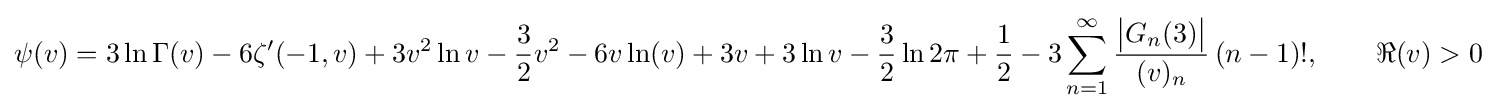
\psi (v)=3\ln \Gamma (v)-6\zeta '(-1,v)+3v^{2}\ln {v}-{\frac {3}{2}}v^{2}-6v\ln(v)+3v+3\ln {v}-{\frac {3}{2}}\ln 2\pi +{\frac {1}{2}}-3\sum _{n=1}^{\infty }{\frac {{\big |}G_{n}(3){\big |}}{(v)_{n}}}\,(n-1)!,\qquad \Re (v)>0